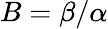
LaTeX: B=\beta/\alpha